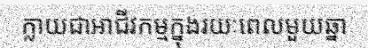
ក្លាយជាអាជីវកម្មក្នុងរយៈពេលមួយឆ្នា